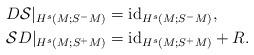
LaTeX: \begin{align*} D \mathcal{S}|_{H^s(M;S^-M)} & = \mathrm{id}_{H^s(M;S^-M)},\\ \mathcal{S} D|_{H^s(M;S^+M)} & = \mathrm{id}_{H^s(M;S^+M)}+ R.\end{align*}